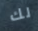
لك